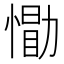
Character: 𪬢